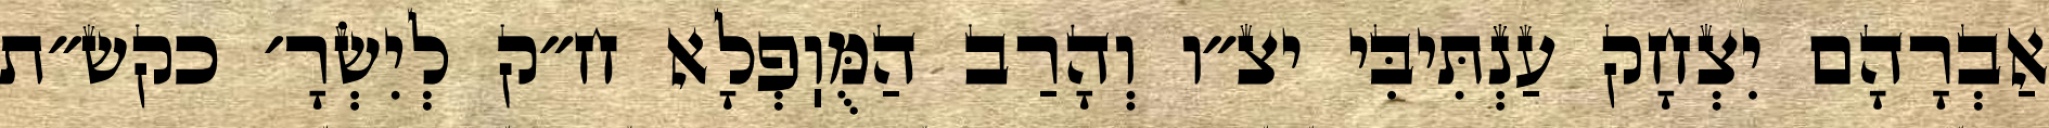
אַבְרָהָם יִצְחָק עַנְתִּיבִּי יצ״ו וְהָרַב הַמֻּוֽפְלָא ח״ק לְיִשְׂרָ׳ כקש״ת